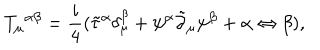
T _ { \mu } { } ^ { \alpha \beta } = \frac { i } { 4 } ( { { \tilde { \tau } } ^ { \alpha } } \delta _ { \mu } ^ { \beta } + \psi ^ { \alpha } { \tilde { \partial } } _ { \mu } \psi ^ { \beta } + \alpha \leftrightarrow \beta ) ,